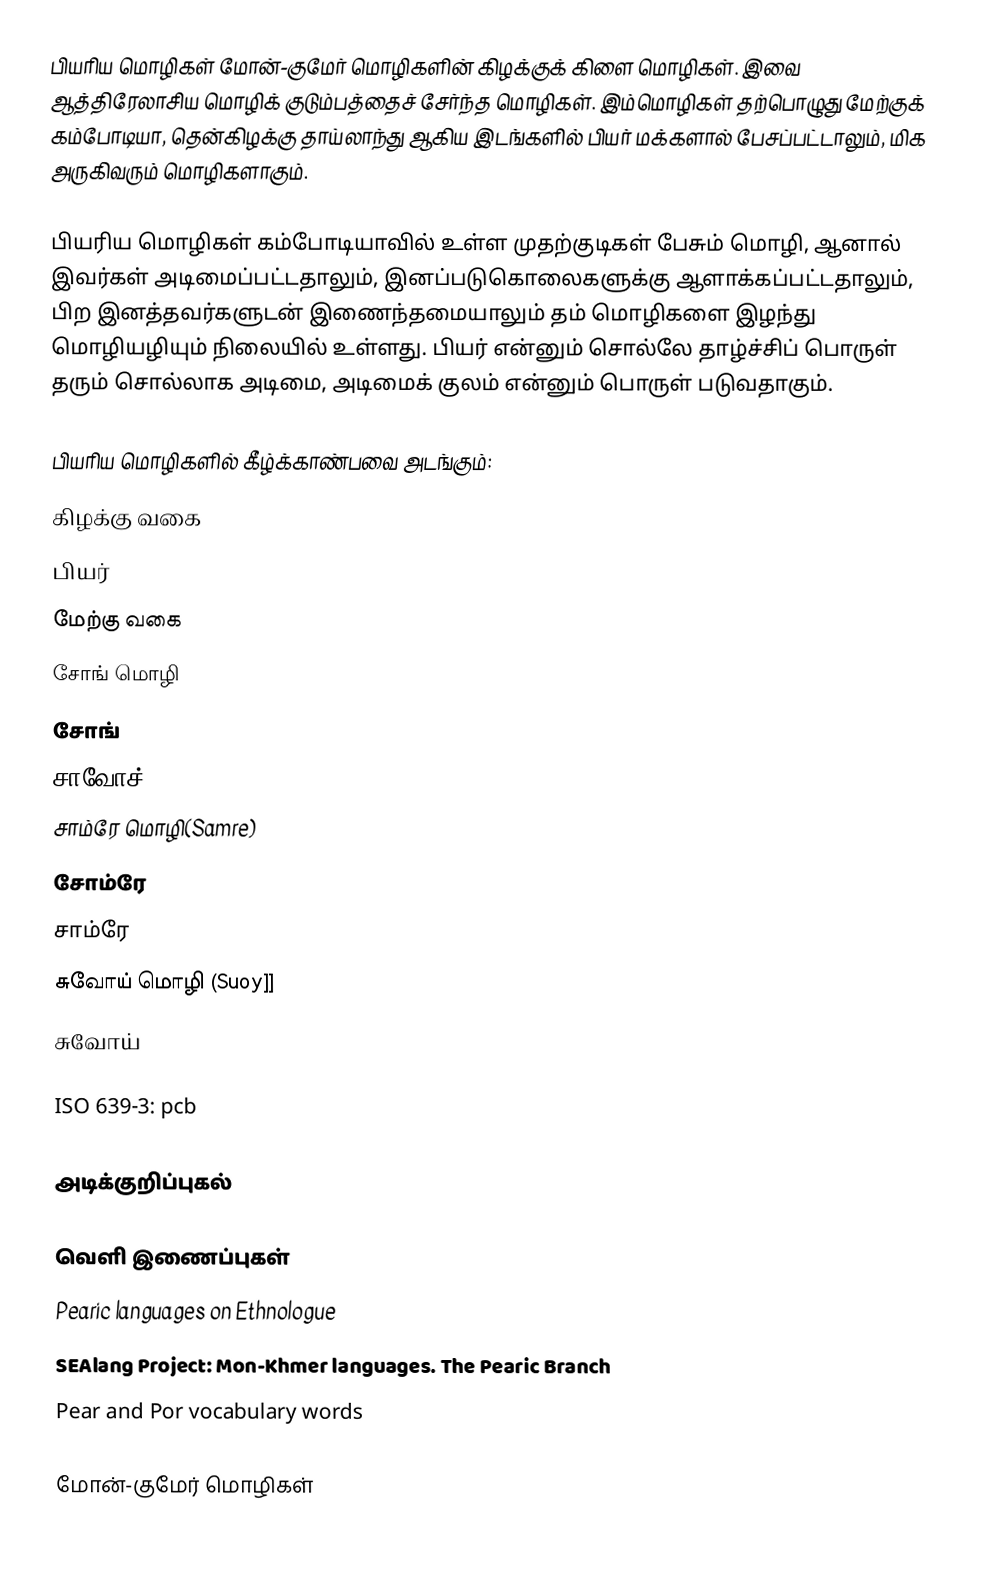
பியரிய மொழிகள் மோன்-குமேர் மொழிகளின் கிழக்குக் கிளை மொழிகள். இவை ஆத்திரேலாசிய மொழிக் குடும்பத்தைச் சேர்ந்த மொழிகள். இம்மொழிகள் தற்பொழுது மேற்குக் கம்போடியா, தென்கிழக்கு தாய்லாந்து ஆகிய இடங்களில் பியர் மக்களால் பேசப்பட்டாலும், மிக அருகிவரும் மொழிகளாகும்.

பியரிய மொழிகள் கம்போடியாவில் உள்ள முதற்குடிகள் பேசும் மொழி, ஆனால் இவர்கள் அடிமைப்பட்டதாலும், இனப்படுகொலைகளுக்கு ஆளாக்கப்பட்டதாலும், பிற இனத்தவர்களுடன் இணைந்தமையாலும் தம் மொழிகளை இழந்து மொழியழியும் நிலையில் உள்ளது. பியர் என்னும் சொல்லே தாழ்ச்சிப் பொருள் தரும் சொல்லாக அடிமை, அடிமைக் குலம் என்னும் பொருள் படுவதாகும்.

பியரிய மொழிகளில் கீழ்க்காண்பவை அடங்கும்:
கிழக்கு வகை
 பியர்
மேற்கு வகை
 சோங் மொழி
 சோங்
 சாவோச்
 சாம்ரே மொழி(Samre)
 சோம்ரே
 சாம்ரே
 சுவோய் மொழி (Suoy]]
 சுவோய்

ISO 639-3: pcb

அடிக்குறிப்புகல்

வெளி இணைப்புகள்
 Pearic languages on Ethnologue
 SEAlang Project: Mon-Khmer languages. The Pearic Branch
 Pear and Por vocabulary words

மோன்-குமேர் மொழிகள்